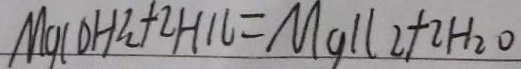
M g ( O H ) _ { 2 } + 2 H C l = M g C l _ { 2 } + 2 H _ { 2 } O